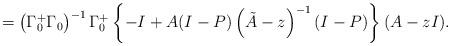
LaTeX: \begin{align*}=\left( \Gamma_{0}^{+}\Gamma_{0} \right)^{-1}\Gamma_{0}^{+}\left\{ -I+A(I-P)\left( \tilde{A}-z \right)^{-1}(I-P) \right\}(A-zI).\end{align*}